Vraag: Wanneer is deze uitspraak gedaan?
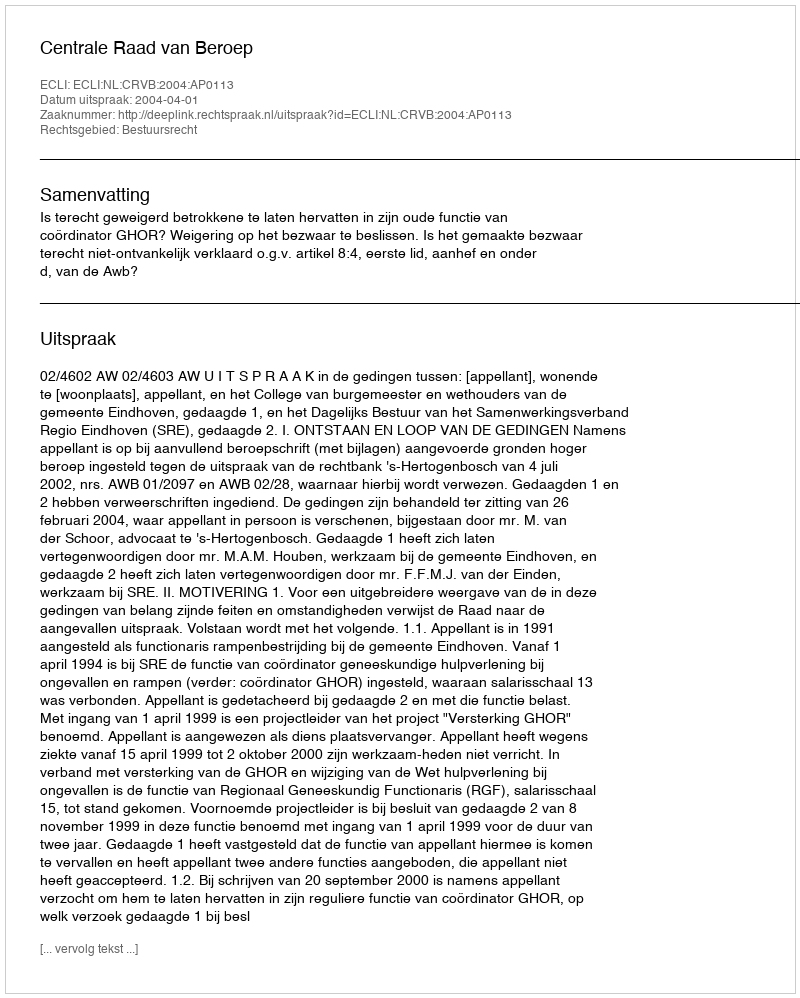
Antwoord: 2004-04-01